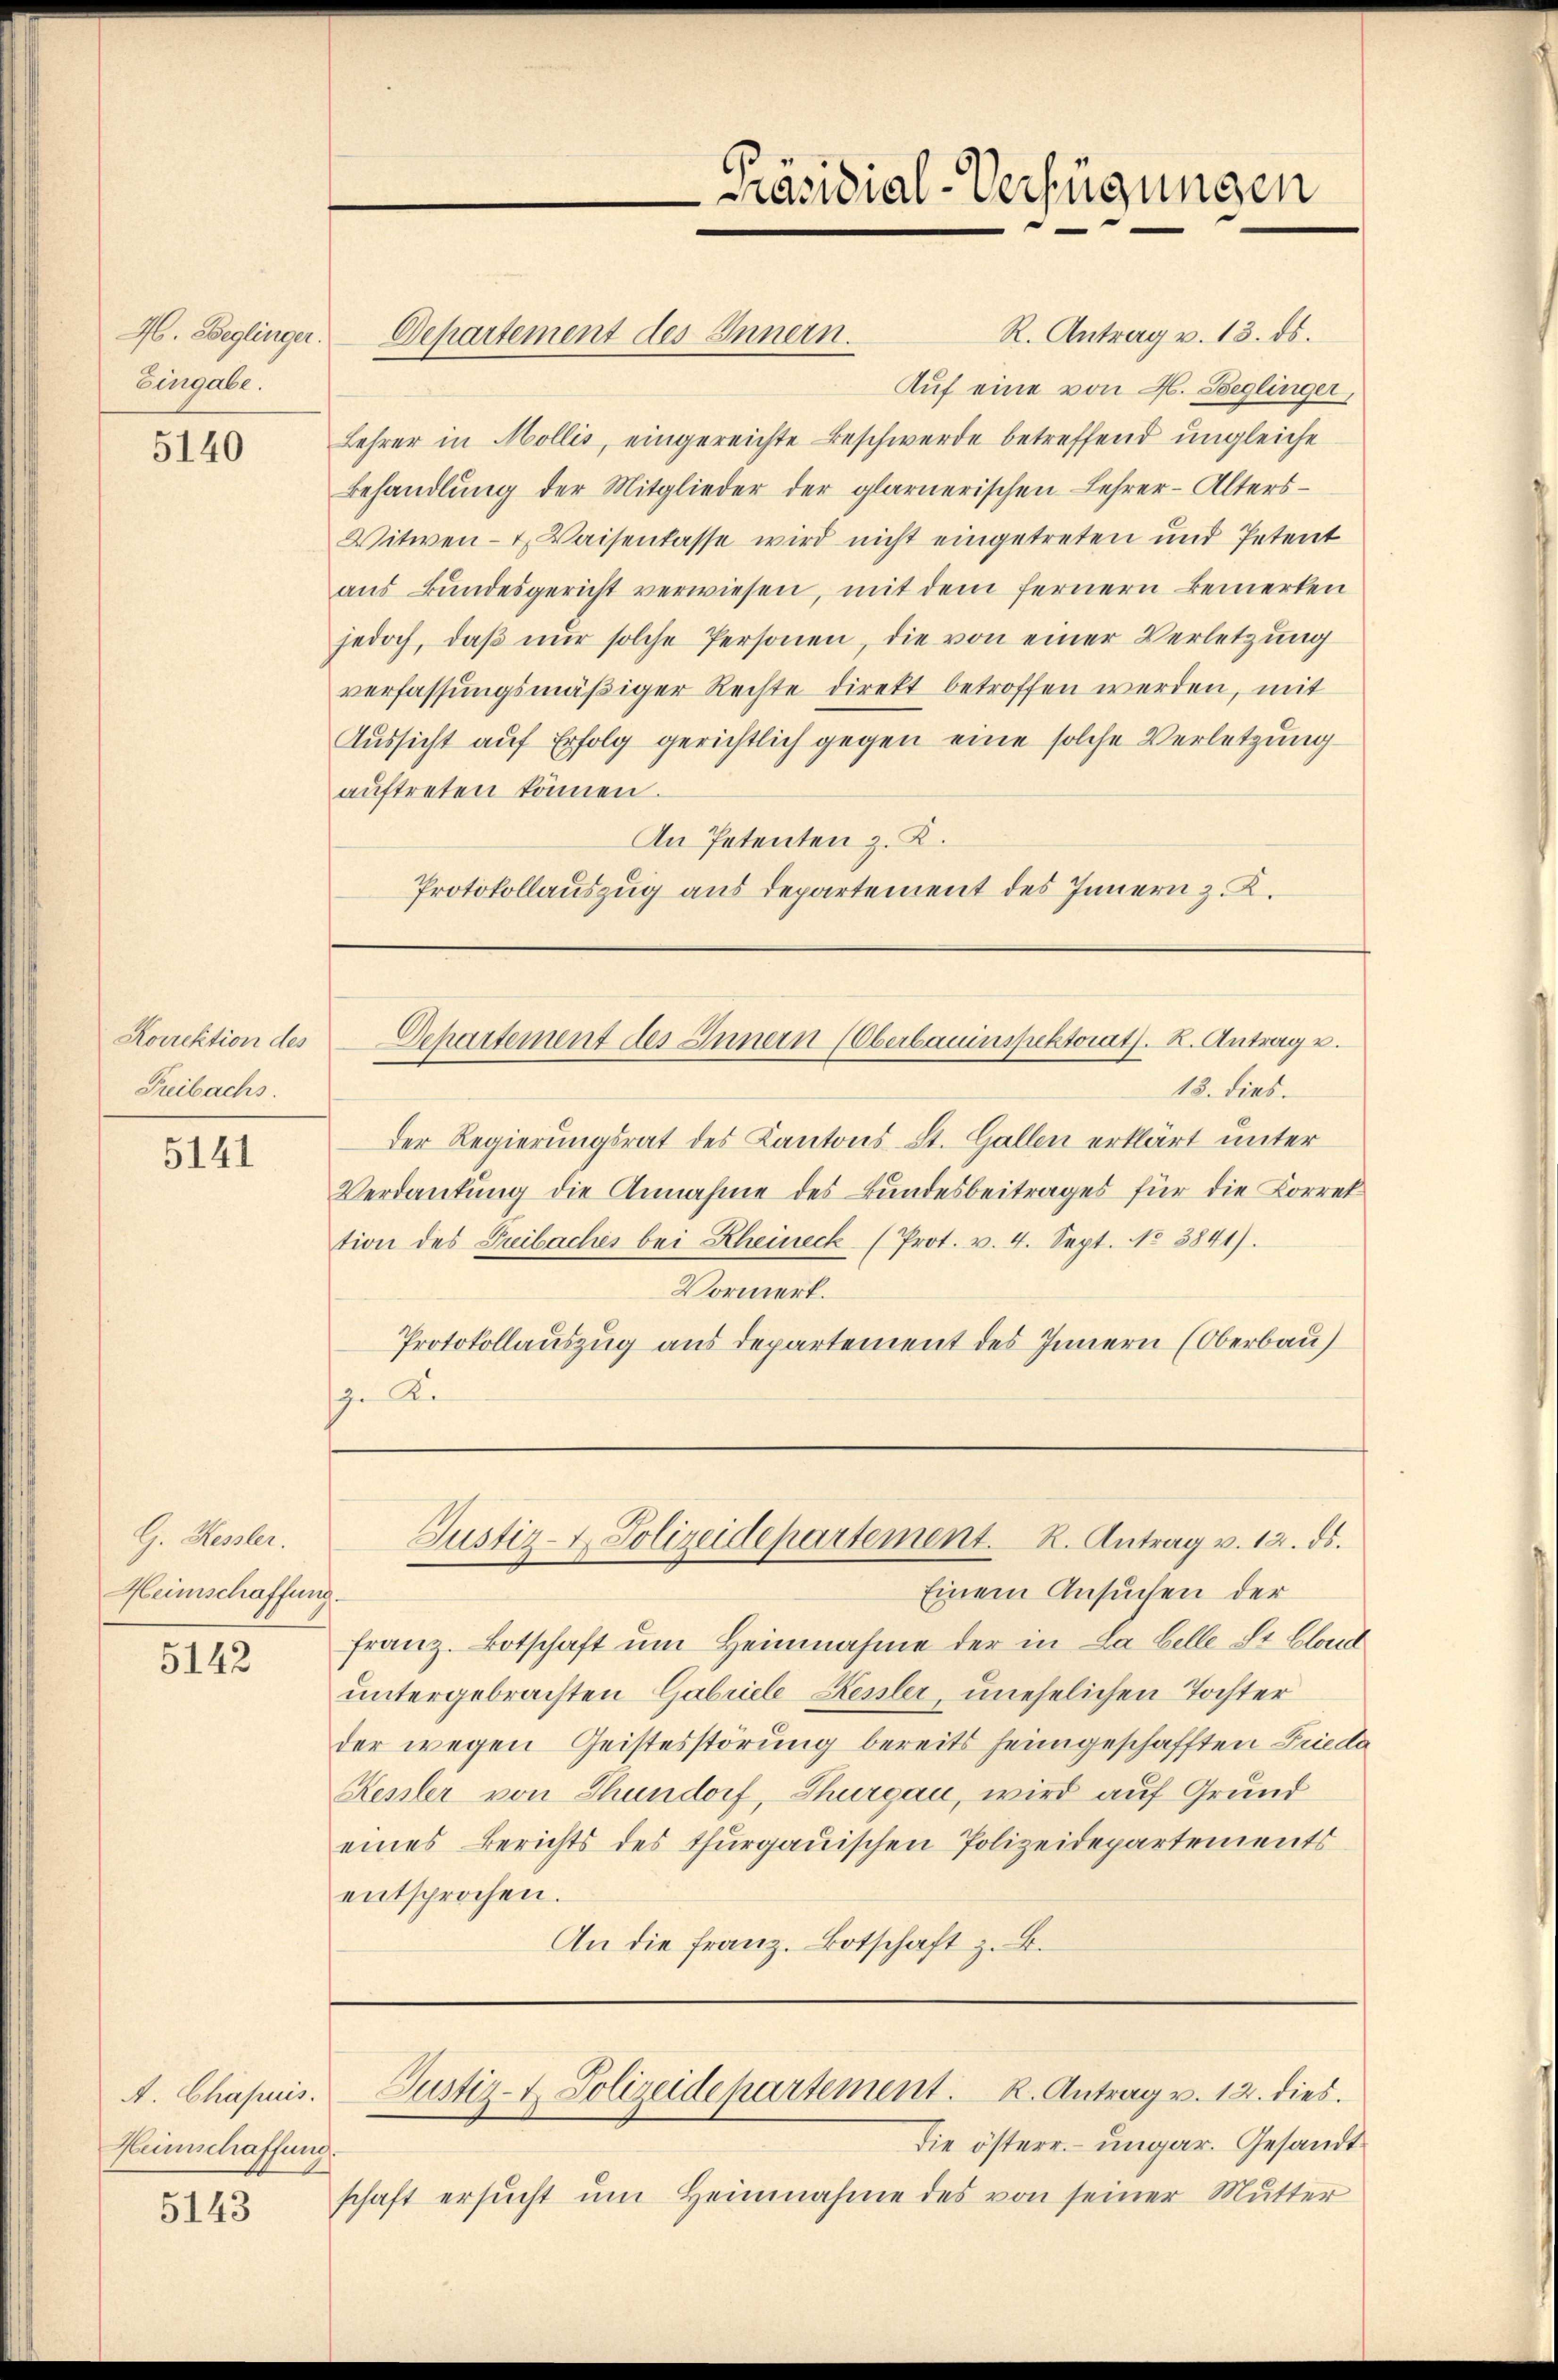
46. Seglinger.
Eingabe.

5140

Korrektion des
Freibachs.

5141

G. Hessler.
Heimschaffung

5142

A. Chapuis.
Heimschaffung

5143

R. Antrag v. 13. ds.
Departement des Innern.
Auf eine von H. Beglinger,
Lehrer in Mollis, eingereichte Beschwerde betreffend ungleiche
Behandlung der Mitglieder der glarnerischen Lehrer-Alters¬
Witwen- & Waisenlasse wird nicht eingetreten und Petent
aus Bundesgericht verwiesen, mit dem fernern bemerken
jedoch, daβ nŭr solche Personen, die von einer Verletzŭng
verfassungsmäßiger Rechte direkt betroffen werden, mit
Aussicht auf Erfolg gerichtlich gegen eine solche Verletzung
aŭftreten können.
An Petenten z. K.
Protokollauszug aus departement des Innern z. K.

Präsidial-Verfügungen

18. dies.
Der Regierungsrat des Kantons St. Gallen erklärt unter
Verdankung die Annahme des Bundesbeitrages für die Korrek
tion des Treibaches bei Rheineck (Prot. v. 4. Sept. No 3841).
Vormerk.
Protokollauszug aus Departement des Innern (Oberbau
 Ae

Departement des Innern (Oberbauinspektorats. K. Antrag u.

Einem Ansuchen der
franz. Botschaft um Heinnahme der in La Belle St. Gland
untergebrachten Gabriele Keuler, unehelichen Tochter
der wegen Geistesstörung bereits heimgeschafften Frieda
Kessler von Thundorf, Thurgau, wird auf Grund
eines Berichts des thurgauischen Polizeidepartements
entsprochen.
An die franz. Botschaft z. B.

Justiz- & Polizeidepartement. R. Antrag v. 12. ds.

Die österr. ungar. Gesandt
schaft ersŭcht ŭm Heimnahme des von seiner Mutter

Justiz- & Polizeidepartement. K. Antrag v. 12. dies.